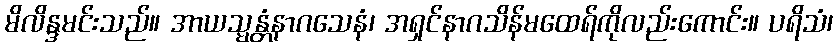
မိလိန္ဒမင်းသည်။ အာယသ္မန္တံနာဂသေနံ၊ အရှင်နာဂသိန်မထေရ်ကိုလည်းကောင်း။ ပရိသံ၊